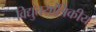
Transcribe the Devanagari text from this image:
विद्युतयांत्रिकीय